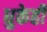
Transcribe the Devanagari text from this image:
धुकेही